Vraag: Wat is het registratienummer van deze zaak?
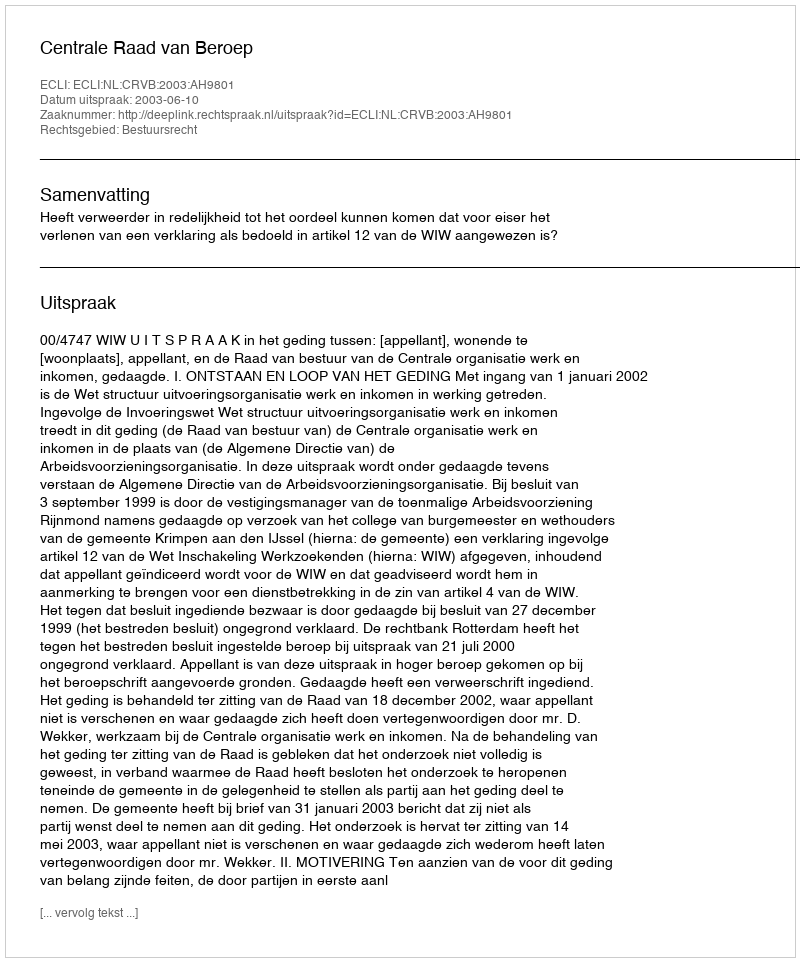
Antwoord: http://deeplink.rechtspraak.nl/uitspraak?id=ECLI:NL:CRVB:2003:AH9801